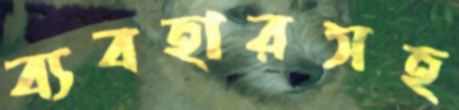
ব্যবহারসহ